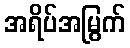
အရိပ်အမြွက်